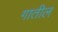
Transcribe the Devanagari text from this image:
गातील